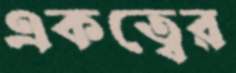
একত্বের